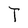
Character: T